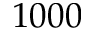
1 0 0 0